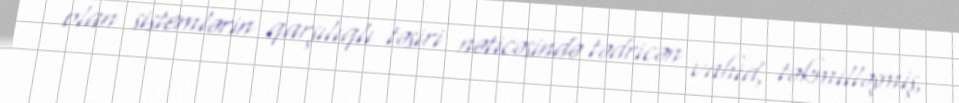
olan sistemlərin qarşılıqlı təsiri nəticəsində tədricən vahid, təkmilləşmiş,